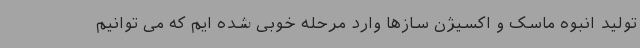
تولید انبوه ماسک و اکسیژن سازها وارد مرحله خوبی شده ایم که می توانیم